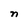
Character: n